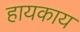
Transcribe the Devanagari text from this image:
हायकाय